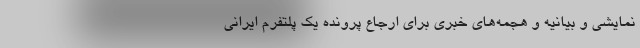
نمایشی و بیانیه و هجمه‌های خبری برای ارجاع پرونده یک پلتفرم ایرانی